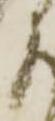
に